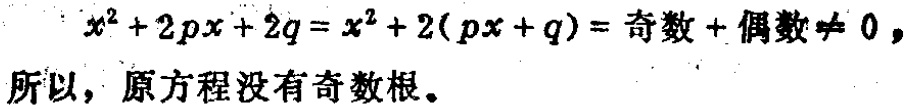
\(x^{2}+2px + 2q=x^{2}+2(px + q)=\text{奇数}+\text{偶数}\neq0\)，

所以，原方程没有奇数根。